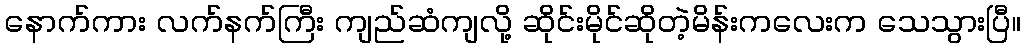
နောက်ကား လက်နက်ကြီး ကျည်ဆံကျလို့ ဆိုင်းမိုင်ဆိုတဲ့မိန်းကလေးက သေသွားပြီ။